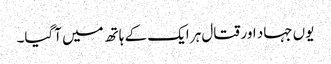
یوں جہاد اور قتال ہر ایک کے ہاتھ میں آگیا۔